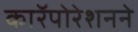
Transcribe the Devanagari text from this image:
काॅरपोरेशनने